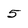
Character: 5